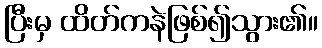
ပြီးမှ ထိတ်ကနဲဖြစ်၍သွား၏။